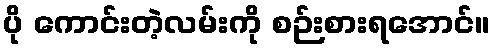
ပို ကောင်းတဲ့လမ်းကို စဉ်းစားရအောင်။